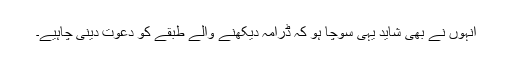
انہوں نے بھی شاید یہی سوچا ہو کہ ڈرامہ دیکھنے والے طبقے کو دعوت دینی چاہیے۔